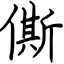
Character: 㒋